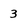
Character: 3